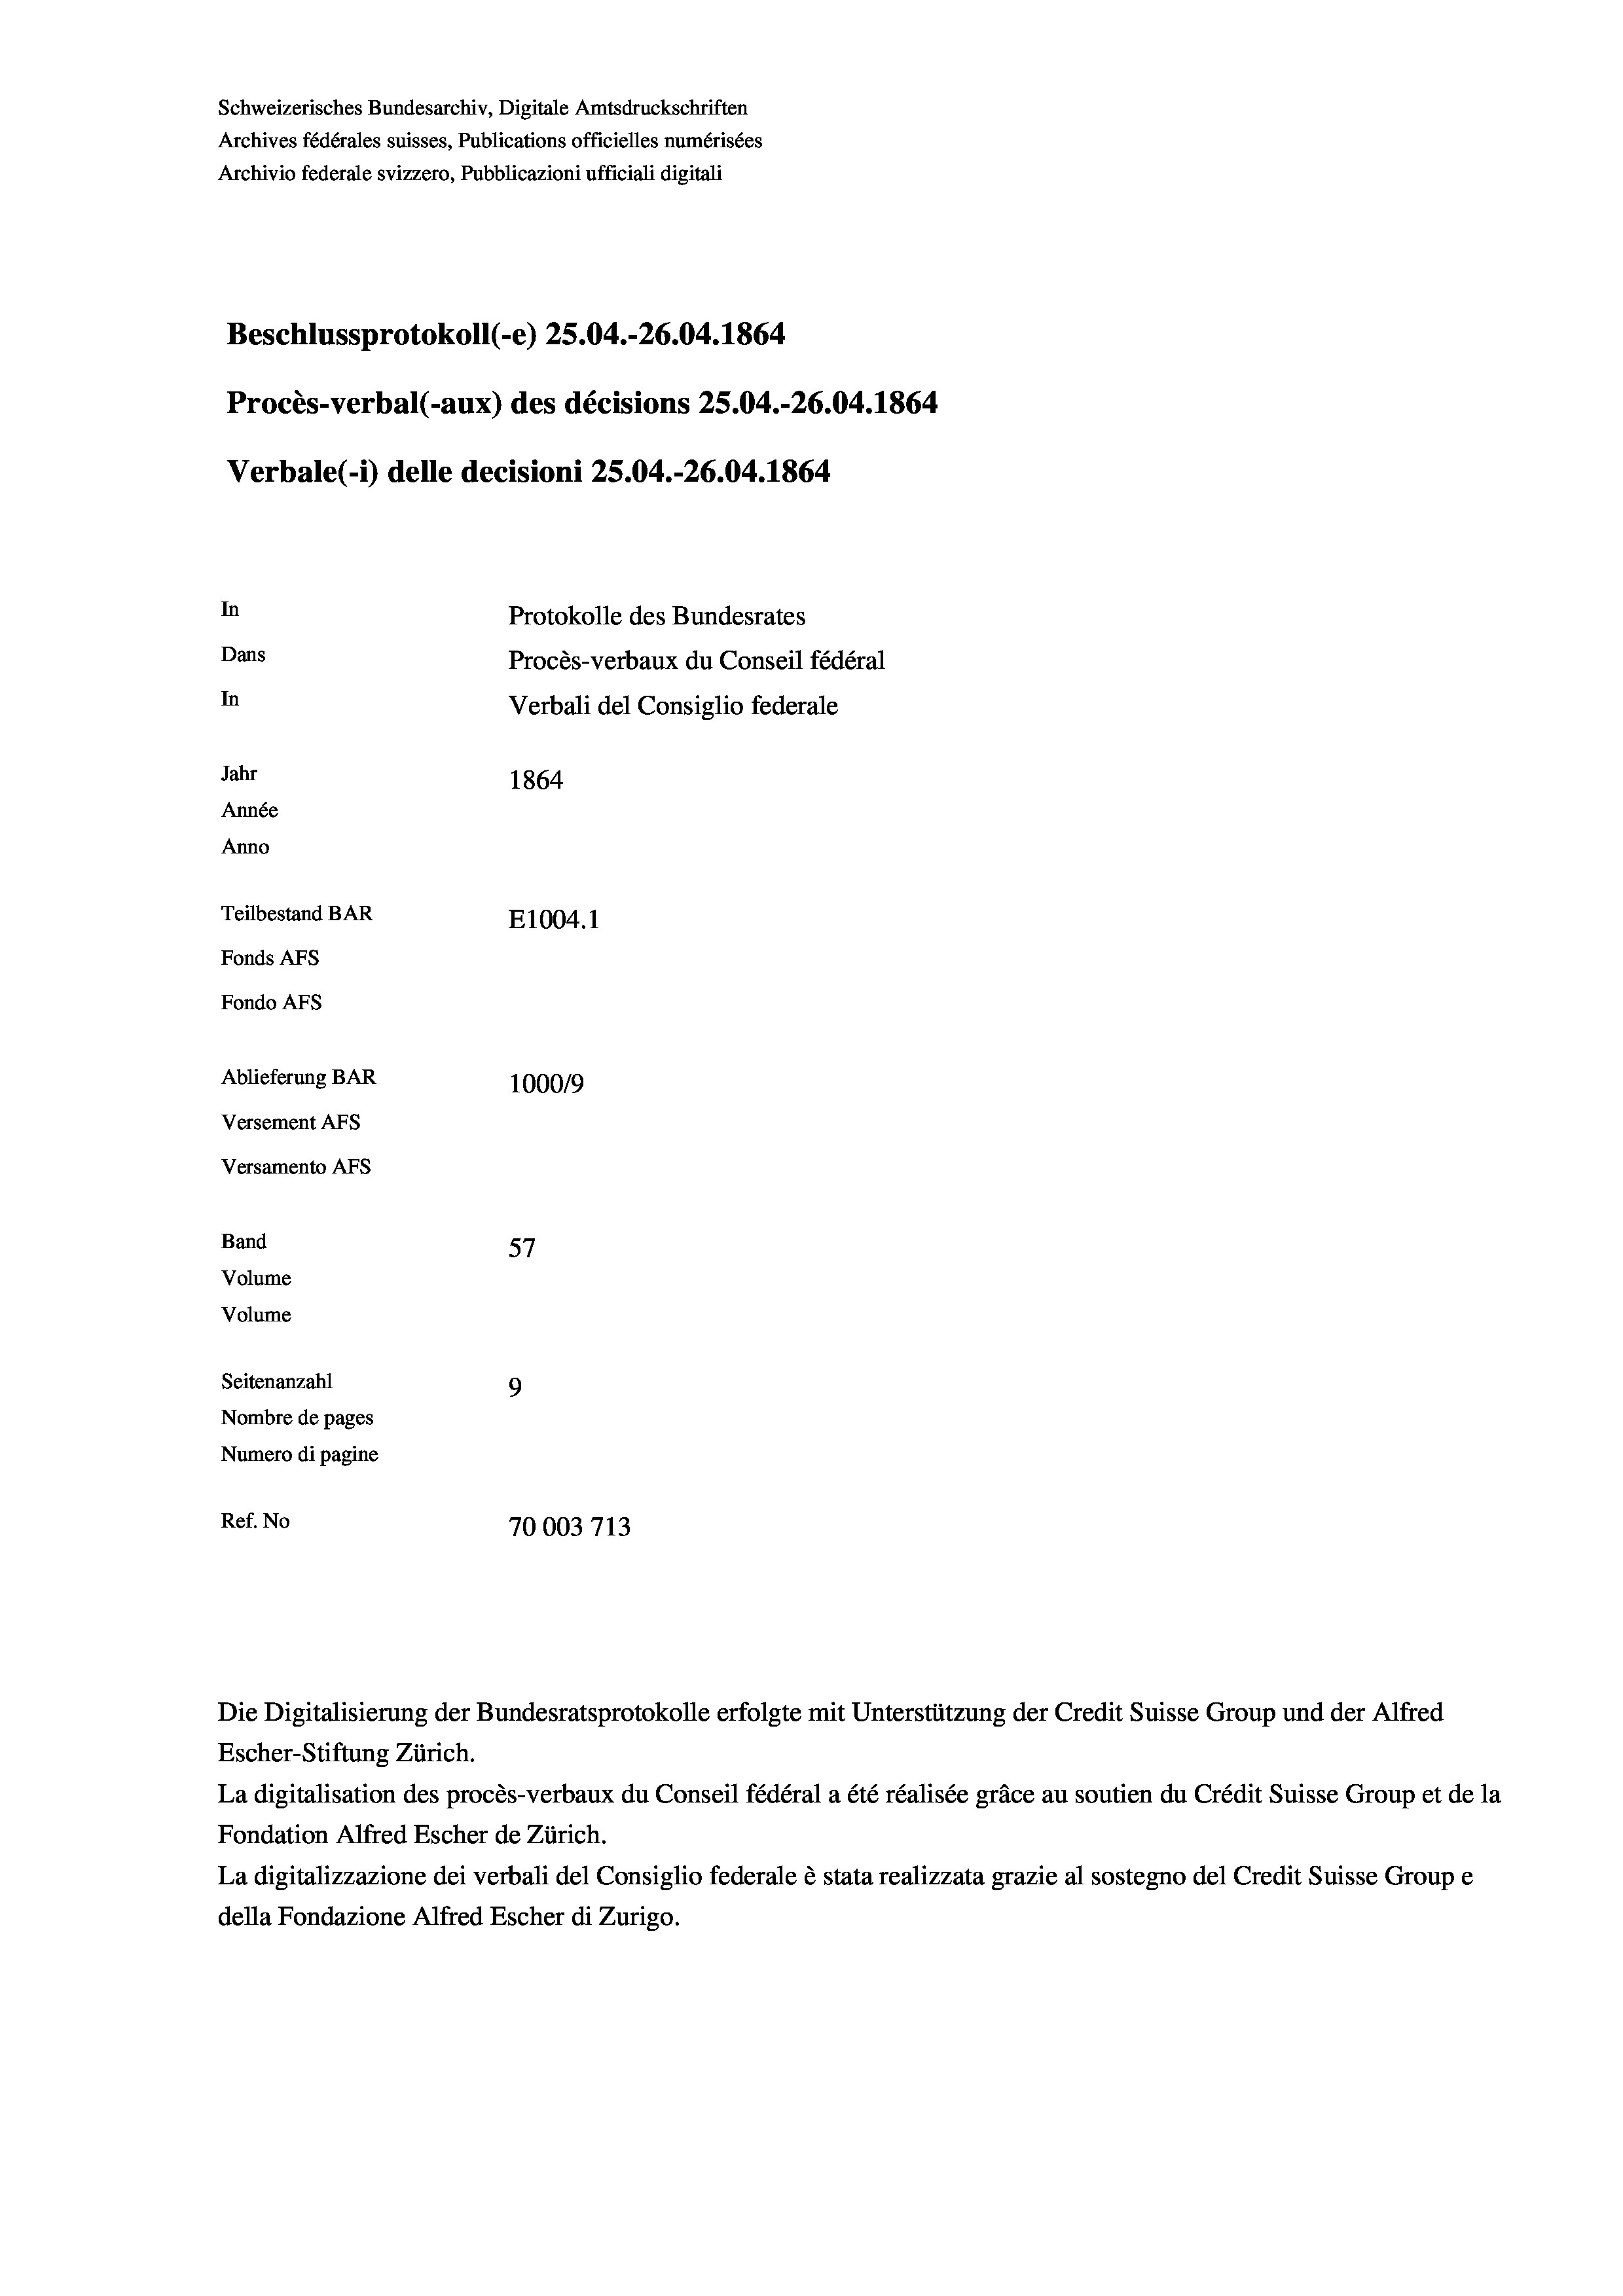
Schweizerisches Bundesarchiv, Digitale Amtsdruckschriften
Archives fédérales suisses, Publications officielles numérisées
Archivio federale svizzero, Pubblicazioni ufficiali digitali
Beschlussprotokoll (-e) 25.04.-26.04. 1864
Procès-verbal (-aux) des décisions 25.04.-26.04. 1864
Verbale (- 1) delle decisioni 25.04.-26.04. 1864.
In
Protokolle des Bundesrates
Dans
Procès-verbaux du Conseil fédéral
In
Verbali del Consiglio federale
Jahr
1864
Année
Anno
Teilbestand BAR
E1004.1
Fonds AFs
Fondo AFs
Ablieferung BAR
100019
Versement AFs

Versamento AFs
Band
Volume
Volume
Seitenanzahl

57
9
Nombre de pages
Numero di pagine
Ref. No
70003713

Escher-Stiftung Zürich.
La digitalisation des procès-verbaux du Conseil fédéral a été réalisée gräce au soutien du Crédit Suisse Group et de la
Fondation Alfred Escher de Zürich.
La digitalizzazione dei verbali del Consiglio federale è stata realizzata grazie al sostegno del Credit Suisse Groupe
della Fondazione Alfred Escher di Zurigo.

Die Digitalisierung der Bundesratsprotokolle erfolgte mit Unterstützung der Credit Suisse Group und der Alfred